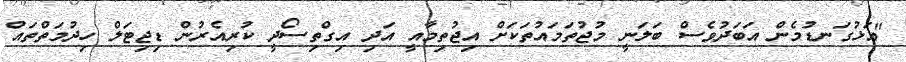
"އަޅުގަނޑުމެން އަބަދުވެސް ބަލަނީ މުޖުތަމައުތަކަށް އިޖުތިމާއީ އަދި އިގްތިސޯދީ ކުރިއެރުން ޑިޖިޓަލް ހިދުމަތްތައް